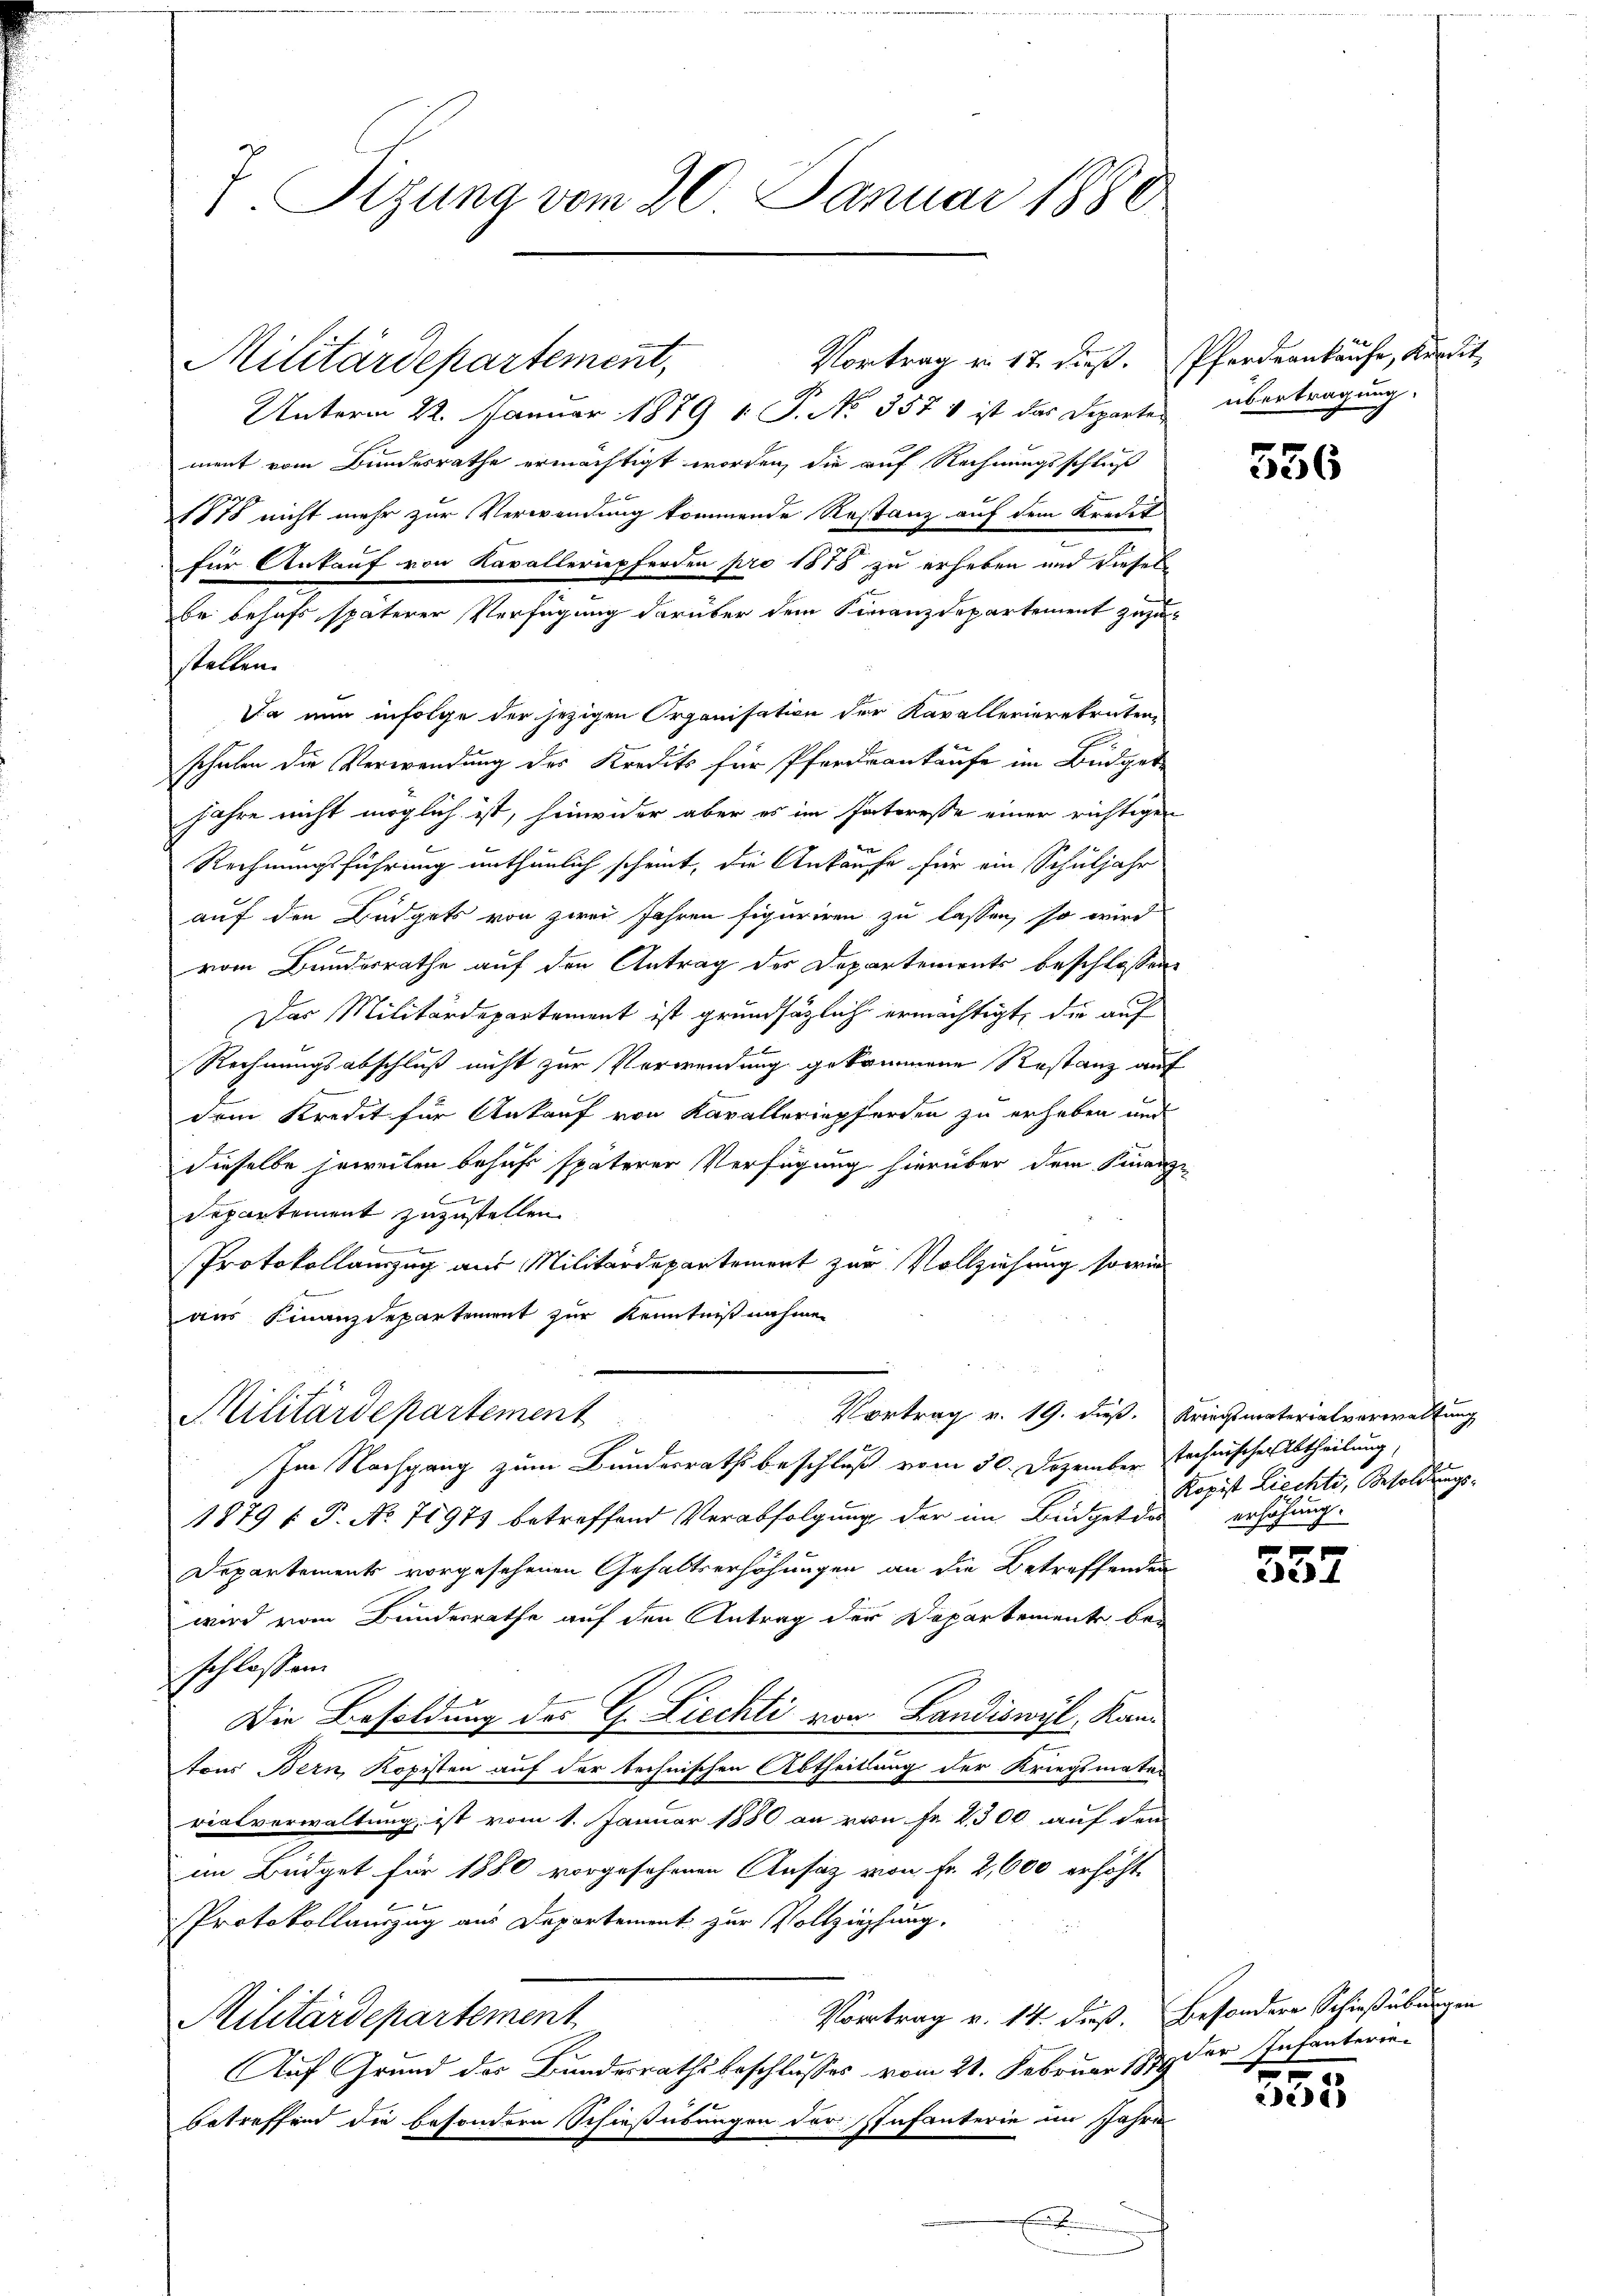
Z. Sizung vom 20. Januar 1880

Militärdepartement,
Unterm 22. Januar 1879 1 P. No 357 1 ist das Departen
ment vom Bundesrathe ermächtigt worden, die auf Rechnungsschluß
1878 nicht mehr zur Verwendung kommende Restanz auf dem Kredet
für Ankauf von Kavalleriepferden pro 1878 zu erheben und diesel
be behufs späterer Verfügung darüber dem Finanzdepartement zuzustellen.
Da nun infolge der jezigen Organisation der Kavallerierekruten,
schulen die Verwendung des Kredits für Pferdrankaufe im Büdgetjahre nicht möglich ist, hinwider aber es im Interesse einer richtigen
Rechnungsführung unthunlich scheint, die Ankaufe für ein Schuljahr
auf den Büdgets von zwei Jahren figuriren zu lassen, so wird
vom Bundesrathe auf den Antrag der Departements beschlossen:
Der Militärdepartement ist grundsätzlich ermächtigt, die auf
Rechnungsabschluß nicht zur Verwendung gekommene Restanz auf
dem Kredit für Ankauf von Kavalleriepferden zu erheben und
dieselbe jeweilen behuf späterer Verfügung hierüber dem Finanz-
cu
Separtement zuzustellen
Protokollauszug aus Militärdepartement zur Vollziehung sowie
aus Finanzdepartement zur Kenntnißnahmen
Vortrag v. 19. dieß. Kriegsmaterialverwaltung
Militärdepartement
Im Nachgang zum Bundesraths beschluß vom 30. Dezember Technischer Abtheilung
1879 f. P. No 71973 betreffend Verabfolgung der im Büdget das erhöhung
Departements vorgesehenen Gehaltserhöhungen an die Betreffenden
wird vom Bundesrathe auf den Antrag der Departemente be-
schlossen.
Die Besoldung des C. Ziechti von Landiswyl, Kantous Bern, Kopisten auf der technischen Abtheilung der Kriegsmater
rialverwaltung, ist vom 1. Januar 1880 an von Fr. 2300 auf den
im Büdget für 1880 vorgesehenen Ansatz von Fr. 2,600 erhöht
Protokollauszug aus Departement zur Vollziehung.
Vortrag v. 14. dieß. Besondere Schießübungen
Militärdepartement
Auf Grund des Bundesrathsbeschlusses vom 21. Februar 1879 der Infanteriebetreffend die besondere Schießübungen der Infanterie im Jahre
.

Vortrag u. 17. dieß.

Pferdeankäufe, Kundit
übertragung.

2

556

Kopist Liechte, Besoldungs¬

e
ced

f

2e)